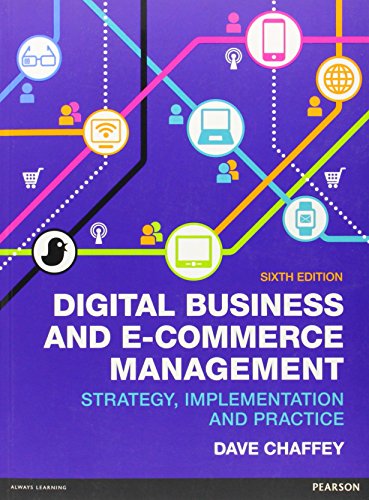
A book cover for Digital Business & E-Commerce Management, 6th ed. Strategy Implementation & Practice; Dave Chaffey; Computers & Technology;